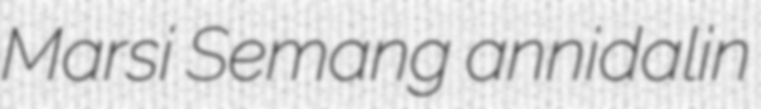
Marsi Semang annidalin